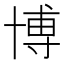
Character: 博